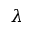
\lambda